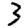
Digit: 3